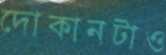
দোকানটাও